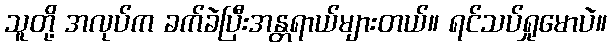
သူတို့ အလုပ်က ခက်ခဲပြီးအန္တရာယ်များတယ်။ ရင်သပ်ရှုမောပဲ။